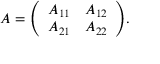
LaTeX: A = { \left( \begin{array} { l l } { A _ { 1 1 } } & { A _ { 1 2 } } \\ { A _ { 2 1 } } & { A _ { 2 2 } } \end{array} \right) } .